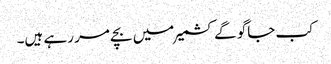
کب جاگو گے کشمیر میں بچے مر رہے ہیں۔